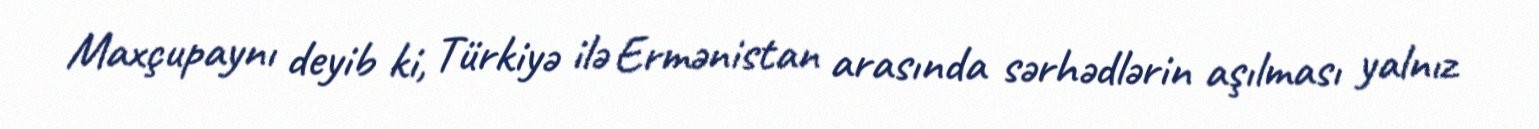
Maxçupaynı deyib ki, Türkiyə ilə Ermənistan arasında sərhədlərin aşılması yalnız